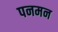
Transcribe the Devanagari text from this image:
पनमन